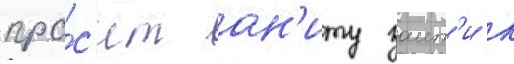
про́с'ит ан'иту заит'и к